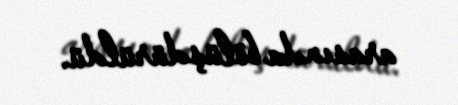
arasında bölüşdürüldü.